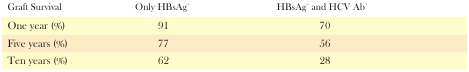
<table><thead><tr><td><b>Graft Survival</b></td><td><b>Only HBsAg<sup>+</sup></b></td><td><b>HBsAg<sup>+</sup> and HCV Ab<sup>+</sup></b></td></tr></thead><tbody><tr><td>One year (%)</td><td>91</td><td>70</td></tr><tr><td>Five years (%)</td><td>77</td><td>56</td></tr><tr><td>Ten years (%)</td><td>62</td><td>28</td></tr></tbody></table>